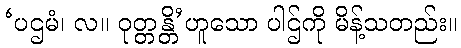
‘ပဌမံ၊ လ။ ဝုတ္တန္တိ’ဟူသော ပါဌ်ကို မိန့်သတည်း။